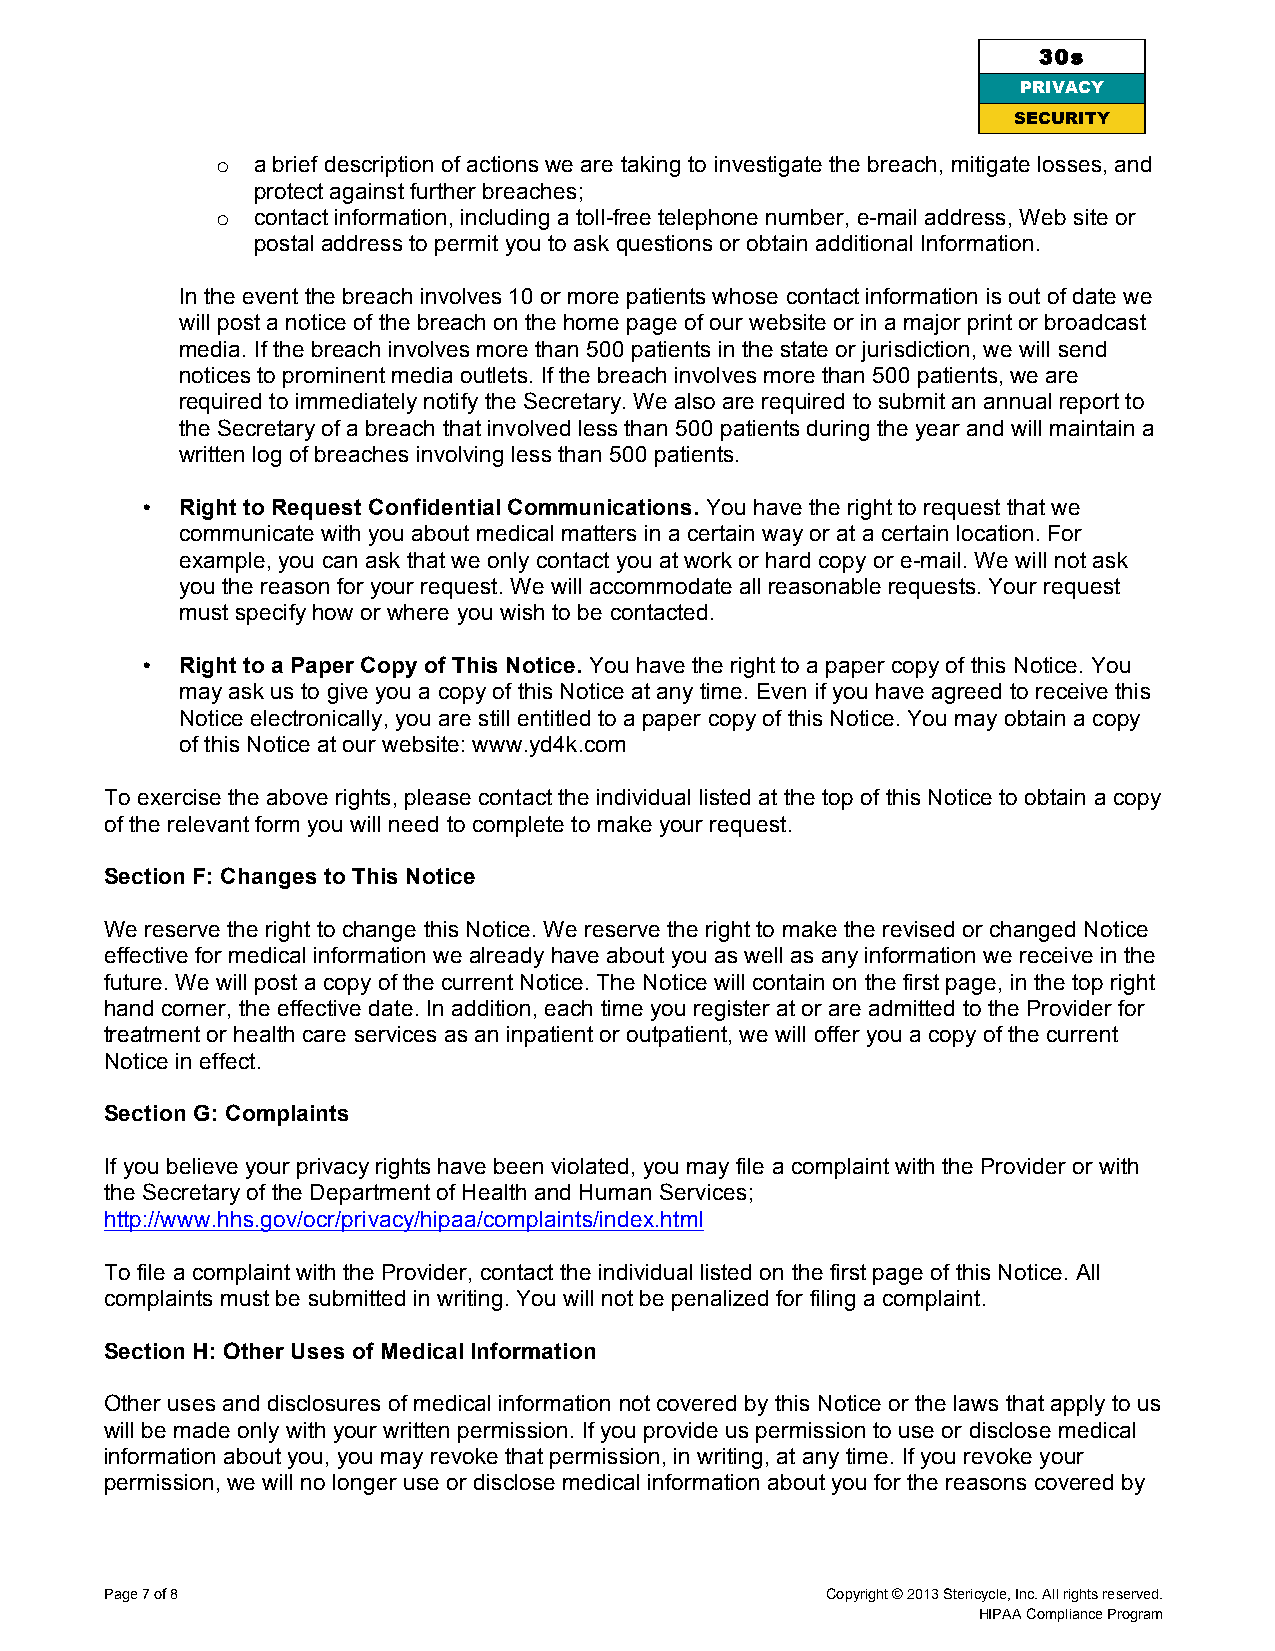
30s
 PRIVACY
 SECURI TY
 o  a brief description of actions we are taking to investigate the breach, mitigate losses, and
 protect against further breaches;
 o  contact information, including a toll-free telephone number, e-mail address, Web site or
 postal address to permit you to ask questions or obtain additional Information.
 In the event the breach involves 10 or more patients whose contact information is out of date we
 will post a notice of the breach on the home page of our website or in a major print or broadcast
 media. If the breach involves more than 500 patients in the state or jurisdiction, we will send
 notices to prominent media outlets. If the breach involves more than 500 patients, we are
 required to immediately notify the Secretary. We also are required to submit an annual report to
 the Secretary of a breach that involved less than 500 patients during the year and will maintain a
 written log of breaches involving less than 500 patients.
 •  Right to Request Confidential Communications. You have the right to request that we
 communicate with you about medical matters in a certain way or at a certain location. For
 example, you can ask that we only contact you at work or hard copy or e-mail. We will not ask
 you the reason for your request. We will accommodate all reasonable requests. Your request
 must specify how or where you wish to be contacted.
 •  Right to a Paper Copy of This Notice. You have the right to a paper copy of this Notice. You
 may ask us to give you a copy of this Notice at any time. Even if you have agreed to receive this
 Notice electronically, you are still entitled to a paper copy of this Notice. You may obtain a copy
 of this Notice at our website: www.yd4k.com
 To exercise the above rights, please contact the individual listed at the top of this Notice to obtain a copy
 of the relevant form you will need to complete to make your request.
 Section F: Changes to This Notice
 We reserve the right to change this Notice. We reserve the right to make the revised or changed Notice
 effective for medical information we already have about you as well as any information we receive in the
 future. We will post a copy of the current Notice. The Notice will contain on the first page, in the top right
 hand corner, the effective date. In addition, each time you register at or are admitted to the Provider for
 treatment or health care services as an inpatient or outpatient, we will offer you a copy of the current
 Notice in effect.
 Section G: Complaints
 If you believe your privacy rights have been violated, you may file a complaint with the Provider or with
 the Secretary of the Department of Health and Human Services;
 http://www.hhs.gov/ocr/privacy/hipaa/complaints/index.html
 To file a complaint with the Provider, contact the individual listed on the first page of this Notice. All
 complaints must be submitted in writing. You will not be penalized for filing a complaint.
 Section H: Other Uses of Medical Information
 Other uses and disclosures of medical information not covered by this Notice or the laws that apply to us
 will be made only with your written permission. If you provide us permission to use or disclose medical
 information about you, you may revoke that permission, in writing, at any time. If you revoke your
 permission, we will no longer use or disclose medical information about you for the reasons covered by
 Page 7 of 8                                     Copyright © 2013 Stericycle, Inc. All rights reserved.
 HIPAA Compliance Program